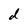
Character: d